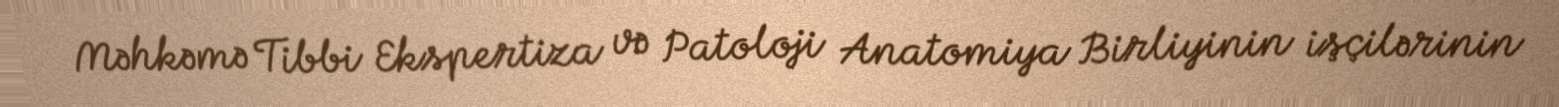
Məhkəmə Tibbi Ekspertiza və Patoloji Anatomiya Birliyinin işçilərinin